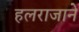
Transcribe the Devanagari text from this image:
हलराजाने